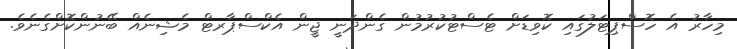
މިހާރު އެ ހޮސްޕިޓަލުގައި ކޮވިޑަށް ޓެސްޓުކުރުމުން ގެންދަނީ ޖީން އެކްސްޕާރޓް މެޝިނެއް ބޭނުންކޮށްގެނެވެ.